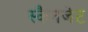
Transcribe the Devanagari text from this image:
स्कैनजेट